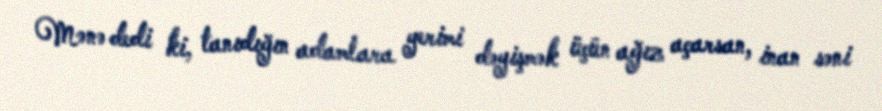
Mənə dedi ki, tanıdığın adamlara yerimi dəyişmək üçün ağız açarsan, inan səni